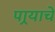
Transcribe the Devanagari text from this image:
पार्‍याचे